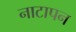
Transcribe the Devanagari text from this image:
नाटापन